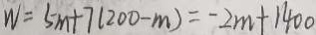
W = 5 m + 7 ( 2 0 0 - m ) = - 2 m + 1 4 0 0